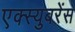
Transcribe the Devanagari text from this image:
एक्स्युबरेंस